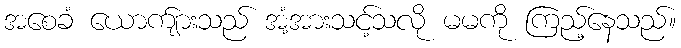
အစေခံ ယောက်ျားသည် အံ့အားသင့်သလို မမကို ကြည့်နေသည်။